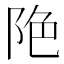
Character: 𨹔